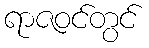
ရာဇဝင်တွင်